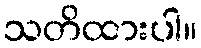
သတိထားပါ။